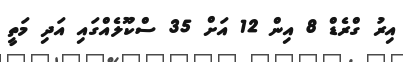
އިރު ގްރެޑް 8 އިން 12 އަށް 35 ސްކޫލެއްގައި އަދި މަތީ